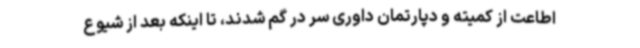
اطاعت از کمیته و دپارتمان داوری سر در گم شدند، تا اینکه بعد از شیوع